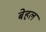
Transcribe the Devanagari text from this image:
बेहल